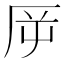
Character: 𠩋